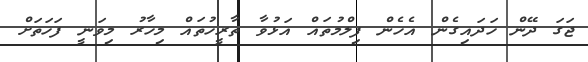
ޖަގަ ދޭން ހަދައިގެން އެހެން ފިލްމުތައް އަޅުވާ ތާރީހުތައް މިހާރު މިވަނީ ފަހަތަށް